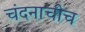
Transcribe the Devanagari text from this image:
चंदनाचीच